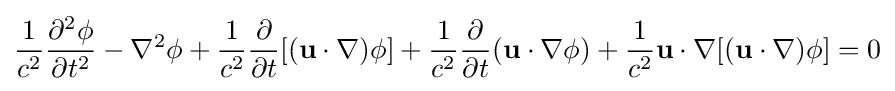
{\frac {1}{c^{2}}}{\frac {\partial ^{2}\phi }{\partial t^{2}}}-\nabla ^{2}\phi +{\frac {1}{c^{2}}}{\frac {\partial }{\partial t}}[(\mathbf {u} \cdot \nabla )\phi ]+{\frac {1}{c^{2}}}{\frac {\partial }{\partial t}}(\mathbf {u} \cdot \nabla \phi )+{\frac {1}{c^{2}}}\mathbf {u} \cdot \nabla [(\mathbf {u} \cdot \nabla )\phi ]=0